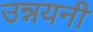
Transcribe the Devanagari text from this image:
उन्नयनी